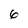
Character: 6